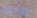
دوسون